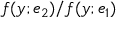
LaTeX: f ( y ; e _ { 2 } ) / f ( y ; e _ { 1 } )